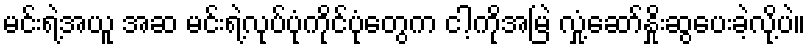
မင်းရဲ့အယူ အဆ မင်းရဲ့လုပ်ပုံကိုင်ပုံတွေက ငါ့ကိုအမြဲ လှုံ့ဆော်နှိုးဆွပေးခဲ့လို့ပဲ။